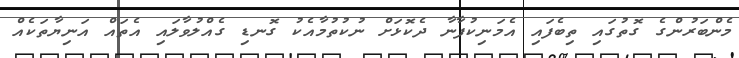
މެންބަރުންގެ ގޮތުގައި ތިބެފައި އެމަނިކުފާނާ ދެކޮޅަށް ނުކުތުމާއެކު ގޮނޑި ގެއްލުވާލައި އެތައް އަނިޔާތަކެއް